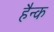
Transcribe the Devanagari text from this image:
हैन्क